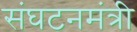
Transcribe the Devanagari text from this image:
संघटनमंत्री